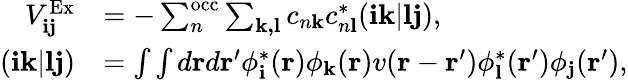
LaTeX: \begin{array}{rl}{V_{\mathbf{ij}}^{\mathrm{Ex}}}&{=-\sum_{n}^{\mathrm{occ}}\sum_{\mathbf{k,l}}c_{n\mathbf{k}}c_{n\mathbf{l}}^{*}(\mathbf{ik}|\mathbf{lj}),}\\ {(\mathbf{ik}|\mathbf{lj})}&{=\int\int d\mathbf{r}d\mathbf{r^{\prime}}\phi_{\mathbf{i}}^{*}(\mathbf{r})\phi_{\mathbf{k}}(\mathbf{r})v(\mathbf{r}-\mathbf{r^{\prime}})\phi_{\mathbf{l}}^{*}(\mathbf{r^{\prime}})\phi_{\mathbf{j}}(\mathbf{r^{\prime}}),}\end{array}